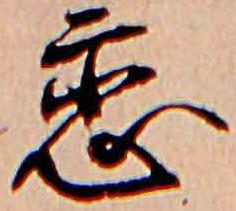
恋